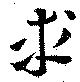
求